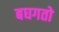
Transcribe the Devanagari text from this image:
बघगतो